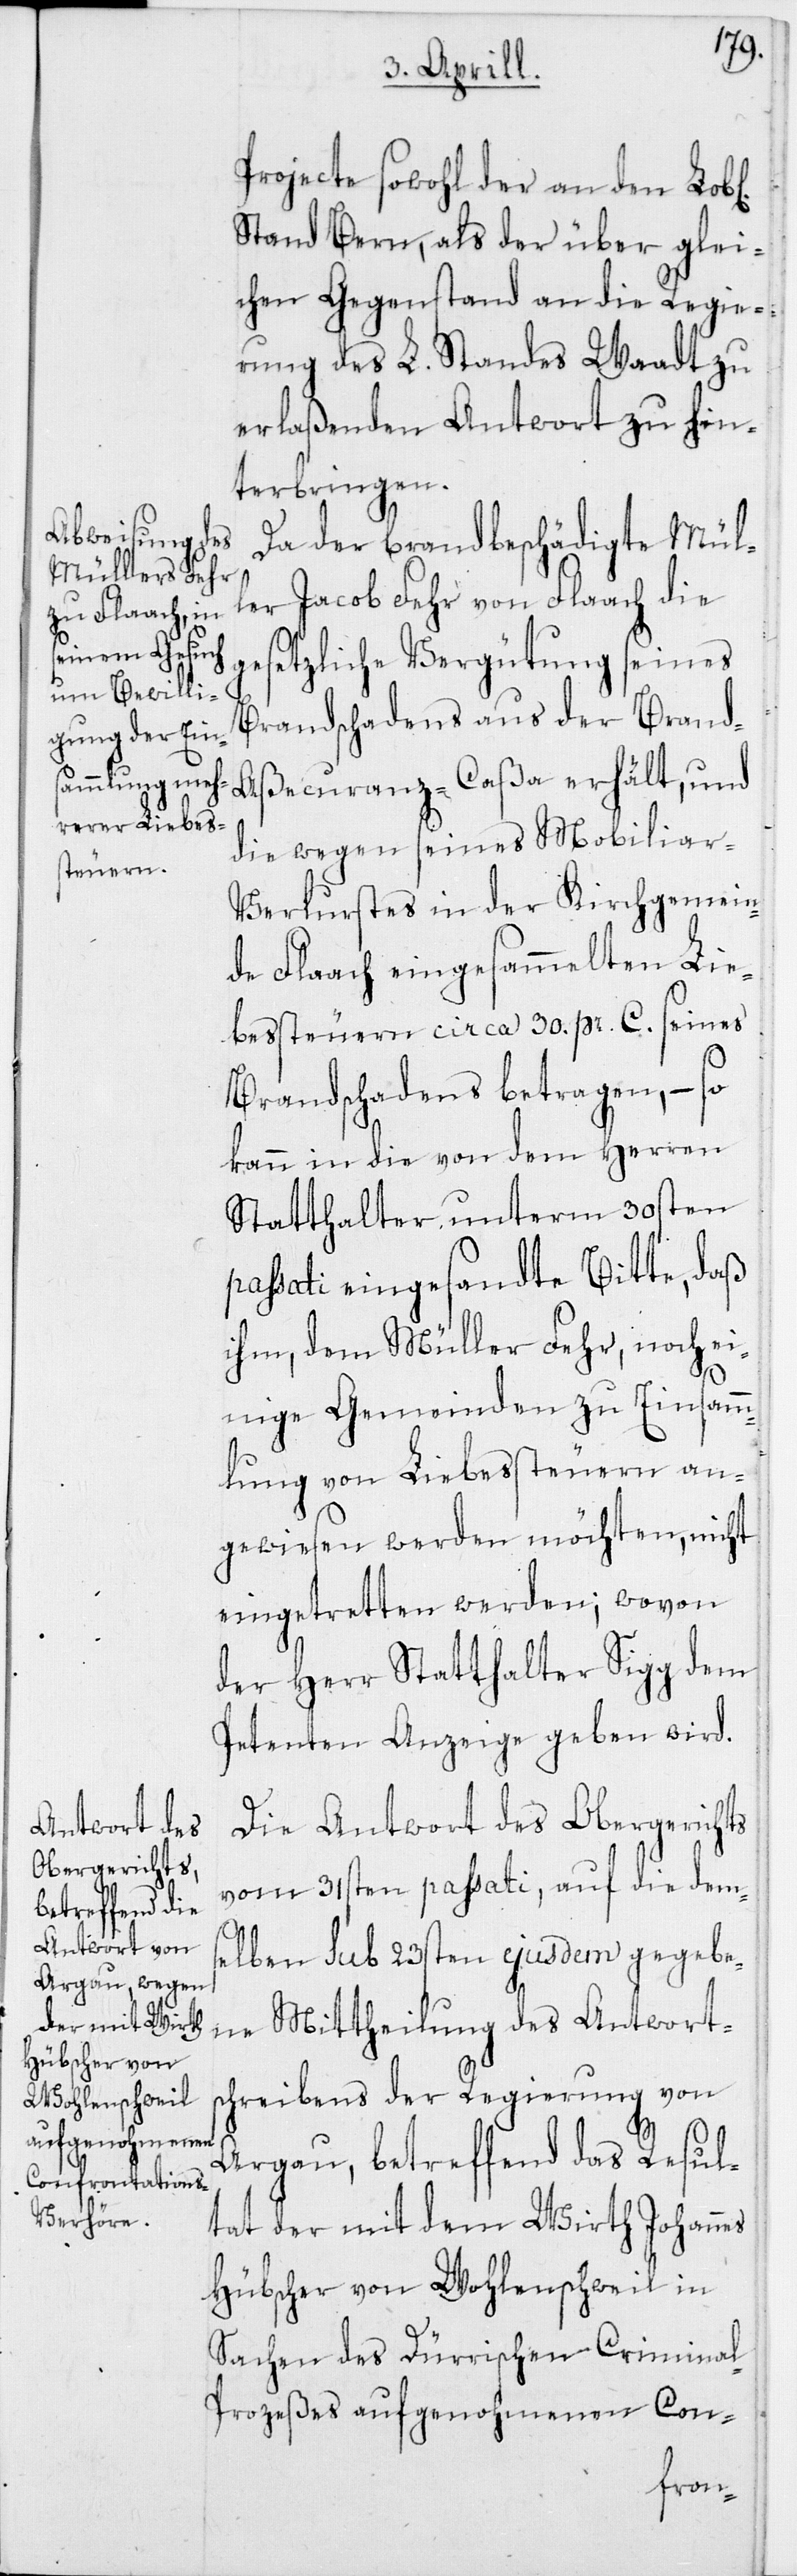
Projecte sowohl der an den Lob[l¬
Stand Bern, als der über glei¬
chen Gegenstand an die Regie¬
rung des L. Standes Waadt zu
erlaßenden Antwort zu hin¬
terbringen.
Da der brandbeschädigte Mül¬
ler Jacob Fehr von Flaach die
gesetzliche Vergütung seines
Brandschadens aus der Brand-A¬
ßecuranz-Caßa erhält, und
die wegen seines Mobiliar-V¬
erlurstes in der Kirchgemein¬
de Flaach eingesammelten Lie¬
bessteuern circa 30. pr. C. seines
Brandschadens betragen, – so
kann in die von dem Herren
Statthalter unterm 30sten
passati eingesandte Bitte, daß
ihm, dem Müller Fehr, noch ei¬
nige Gemeinden zu Einsamm¬
lung von Liebessteuern an¬
gewiesen werden möchten, nicht
eingetretten werden; wovon
der Herr Statthalter Sigg dem
Petenten Anzeige geben wird.
Die Antwort des Obergerichts
vom 31sten passati, auf die dem¬
selben sub 23sten ejusdem gegebe¬
ne Mittheilung des Antworts¬
chreibens der Regierung von
Argau, betreffend das Resul¬
tat der mit dem Wirth Johannes
Hübscher von Wohlenschweil in
Sachen des Dürrischen Crimina¬
l-Prozeßes aufgenohmenen Con-
ichen]